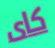
كاى